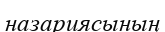
назариясының